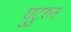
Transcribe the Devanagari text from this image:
घुटुरुन